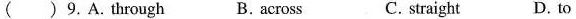
( ) 9.A.through B.across C. straight D. to